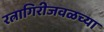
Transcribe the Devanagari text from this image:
रत्नागिरीजवळच्या